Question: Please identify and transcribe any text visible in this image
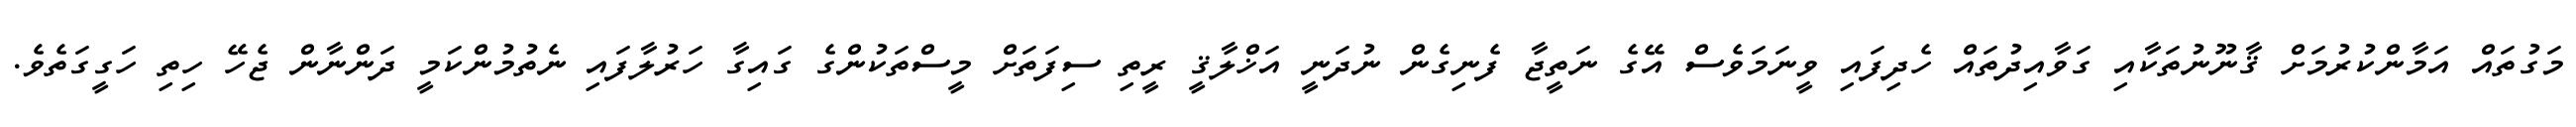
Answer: މަގުތައް އަމާންކުރުމަށް ޤާނޫނުތަކާއި ގަވާއިދުތައް ހެދިފައި ވީނަމަވެސް އޭގެ ނަތީޖާ ފެނިގެން ނުދަނީ އަޚްލާޤީ ރީތި ސިފަތަށް މީސްތަކުންގެ ގައިގާ ހަރުލާފައި ނެތުމުންކަމީ ދަންނާން ޖެހޭ ހިތި ހަގީގަތެވެ.